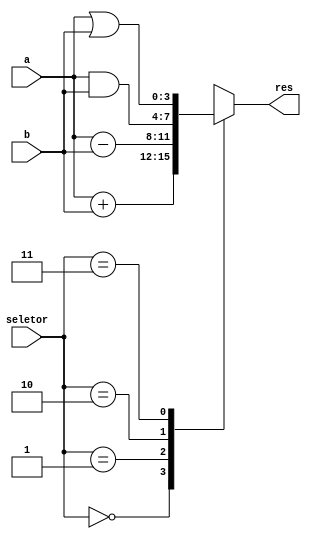
// Mdulo somador + desafio com operaes de subtrao, And e Or.
module somador(input[3:0] a, b, input [1:0]seletor, output reg[3:0]res);
	always @(*) begin
		case(seletor)
			2'b00: res = a + b;
			2'b01: res = a - b;
			2'b10: res = a & b;
			2'b11: res = a | b;
		   default res = 0;
			endcase
		end
endmodule